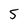
Character: 5